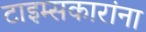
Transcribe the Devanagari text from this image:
टाइम्सकारांना